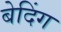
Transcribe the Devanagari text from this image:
बेदिंग